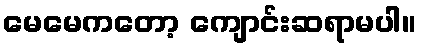
မေမေကတော့ ကျောင်းဆရာမပါ။